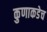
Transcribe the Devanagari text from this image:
कुणाकडेच